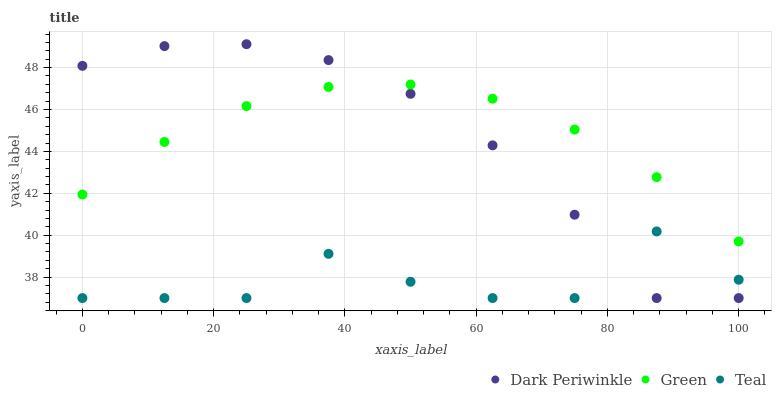
| xaxis_label | Dark Periwinkle | Green | Teal |
 | --- | --- | --- | --- |
 | 0 | 48.1 | 41.9 | 37 |
 | 12.5 | 49 | 44.4 | 37 |
 | 25 | 49.1 | 46.2 | 37 |
 | 37.5 | 48.4 | 47.1 | 39.1 |
 | 50 | 46.7 | 47.2 | 37.8 |
 | 62.5 | 44.3 | 46.5 | 37 |
 | 75 | 41 | 45 | 37 |
 | 87.5 | 37 | 42.8 | 40.2 |
 | 100 | 37 | 39.7 | 37.9 |